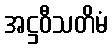
အဋ္ဌဝီသတိမံ